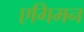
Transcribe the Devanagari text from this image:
एगिमन